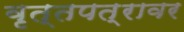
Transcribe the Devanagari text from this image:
वृत्तपत्रावर